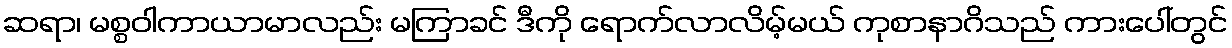
ဆရာ၊ မစ္စဝါကာယာမာလည်း မကြာခင် ဒီကို ရောက်လာလိမ့်မယ် ကုစာနာဂိသည် ကားပေါ်တွင်